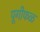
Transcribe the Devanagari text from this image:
पूगीफळ